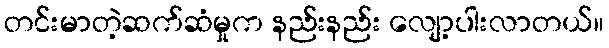
တင်းမာတဲ့ဆက်ဆံမှုက နည်းနည်း လျော့ပါးလာတယ်။